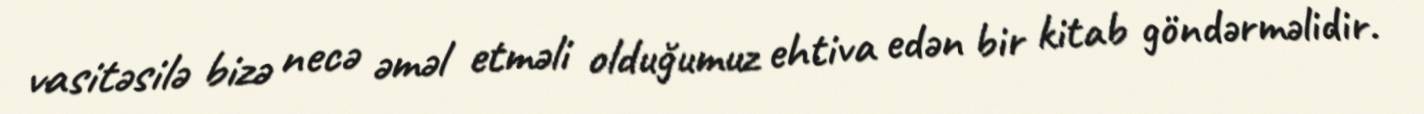
vasitəsilə bizə necə əməl etməli olduğumuz ehtiva edən bir kitab göndərməlidir.